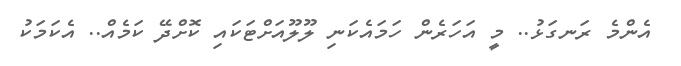
އެންމެ ރަނގަޅު.. މީ އަހަރެން ހަމައެކަނި ލޫލޫއަށްޓަކައި ކޮށްދޭ ކަމެއް.. އެކަމަކު